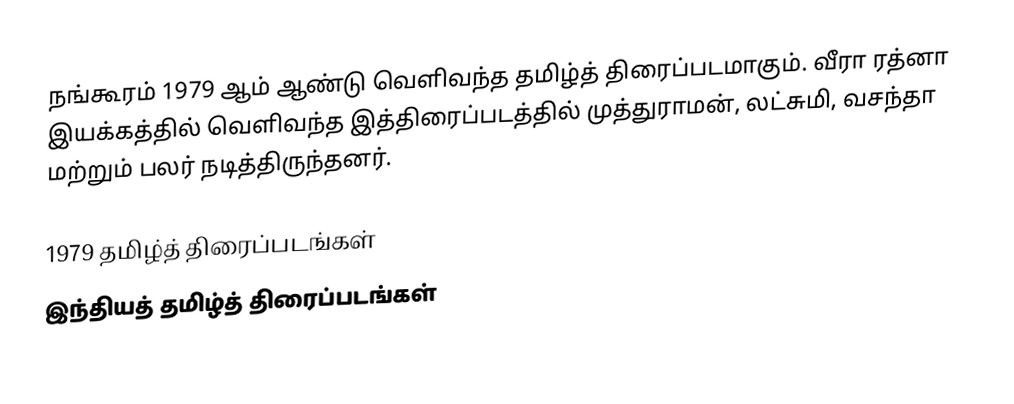
நங்கூரம் 1979 ஆம் ஆண்டு வெளிவந்த தமிழ்த் திரைப்படமாகும். வீரா ரத்னா இயக்கத்தில் வெளிவந்த இத்திரைப்படத்தில் முத்துராமன், லட்சுமி, வசந்தா மற்றும் பலர் நடித்திருந்தனர்.

1979 தமிழ்த் திரைப்படங்கள்
இந்தியத் தமிழ்த் திரைப்படங்கள்